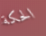
الحكة